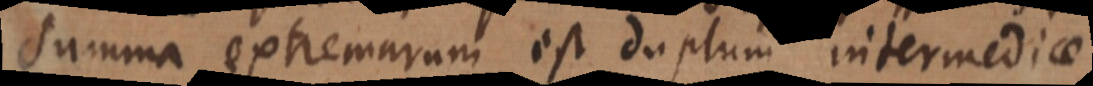
summa extremarum est duplum intermediae.